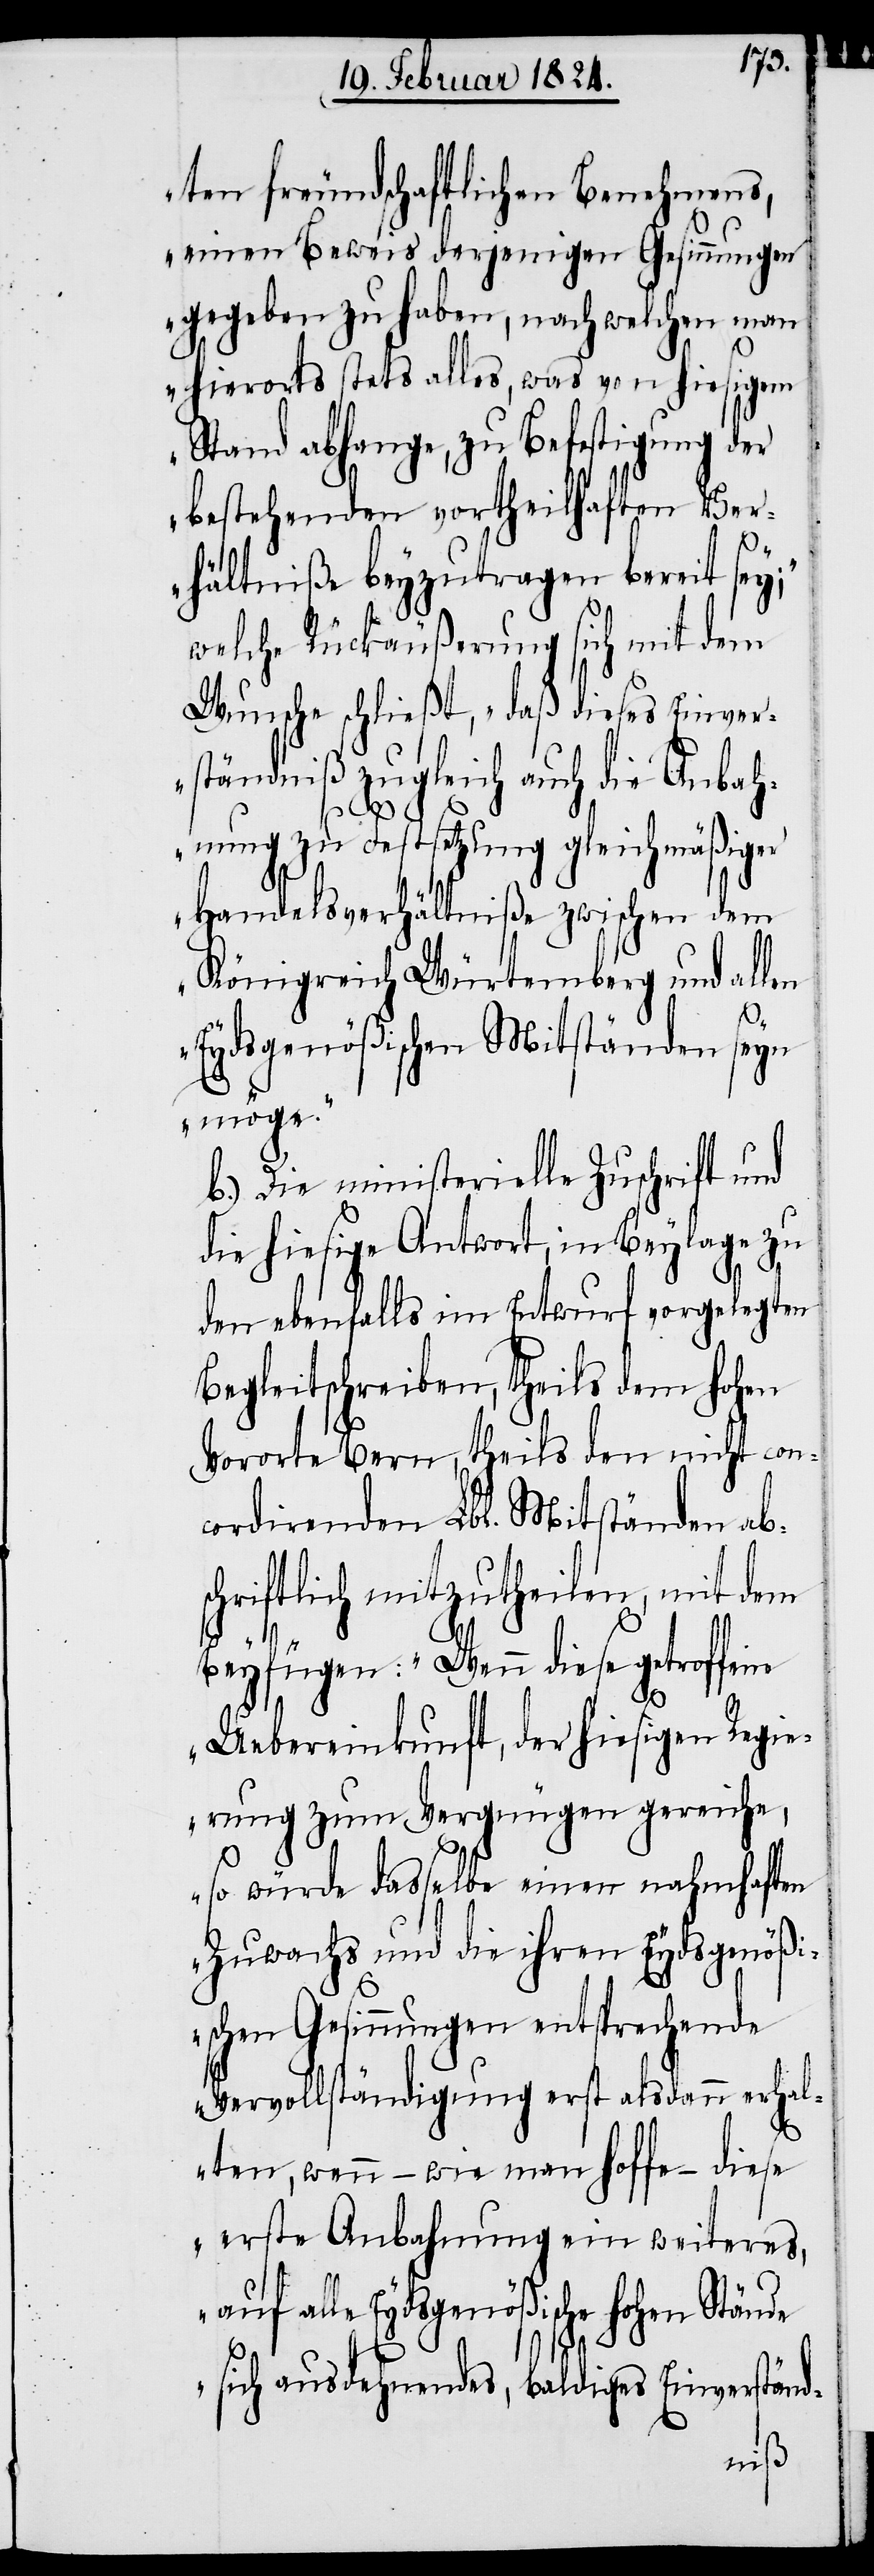
ten freundschaftlichen Benehmens,
einen Beweis derjenigen Gesinnungen
gegeben zu haben, nach welchen man
hierorts stets alles, was von hiesigem
Stand abhange, zu Befestigung der
bestehenden vortheilhaften Ver¬
hältniße beyzutragen bereit sey;“
welche Rückäußerung sich mit dem
Wunsche schließt, „daß dieses Einver¬
ständniß zugleich auch die Anbah¬
nung zu Festsetzung gleichmäßiger
Handelsverhältniße zwischen dem
Königreich Würtemberg und allen
Eydsgenößischen Mitständen seyn
möge.“
b.) Die ministerielle Zuschrift und
die hiesige Antwort, in Beylage zu
den ebenfalls im Entwurf vorgelegten
Begleitschreiben, theils dem hohen
Vororte Bern, theils den nicht con¬
cordirenden Lbl. Mitständen ab¬
schriftlich mitzutheilen, mit dem
Beyfügen: „Wenn diese getroffene
Uebereinkunft, der hiesigen Regie¬
rung zum Vergnügen gereiche,
so würde dasselbe einen nahmhaften
Zuwachs und die ihren Eydsgenöß¬
ischen Gesinnungen entsprechende
Vervollständigung erst alsdann erhal¬
ten, wenn – wie man hoffe – diese
erste Anbahnung ein weiteres,
auf alle Eydsgenößische hohen Stände
sich ausdehnendes, baldiges Einverständ-